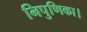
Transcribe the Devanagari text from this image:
निपुणिका।